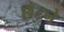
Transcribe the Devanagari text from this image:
छँटने